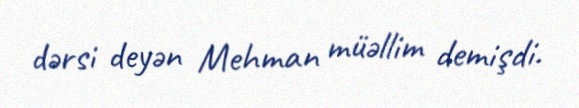
dərsi deyən Mehman müəllim demişdi.